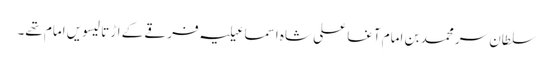
سلطان سر محمد بن امام آغا علی شاہ اسماعیلیہ فرقے کے اڑتالیسویں امام تھے۔